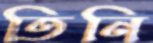
তিনি